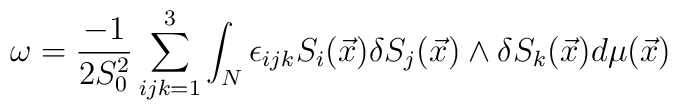
\omega=\frac{-1}{2S_{0}^{2}}\sum_{ijk=1}^3\int_N\epsilon_{ijk}S_i(\vec{x})\delta S_j(\vec{x})\wedge\delta S_k(\vec{x})d\mu(\vec{x})